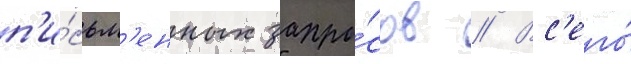
п'и́сьм'енных запро́сов // Вс'его́